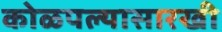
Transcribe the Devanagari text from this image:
कोळपल्यासारखी